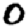
Digit: 0